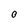
Character: O